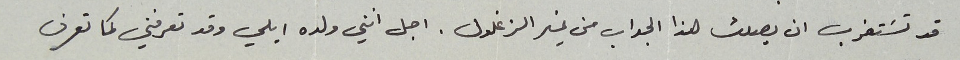
قد تسَتغرب ان يصلك هذا الجواب من غير الزغلول. اجل أنني ولده ايلي وقد تعرفني كما تعرف